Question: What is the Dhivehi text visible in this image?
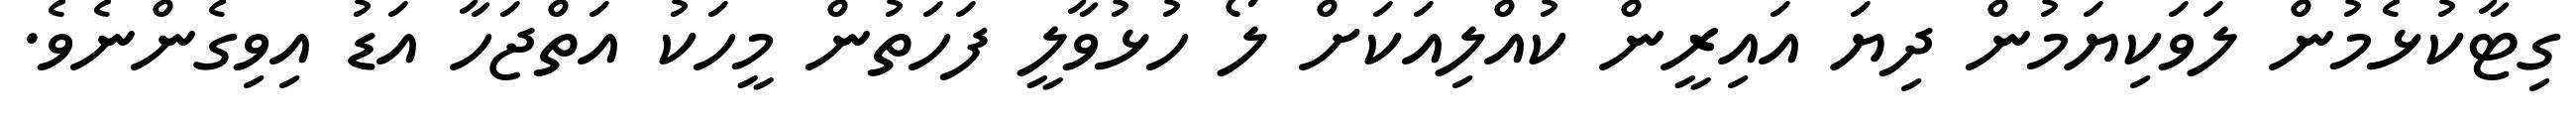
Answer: ގިޓާކުޅެމުން ލަވަކިޔަމުން ދިޔަ އައިރީން ކުއްލިއަކަށް ލޯ ހުޅުވާލީ ފަހަތުން މީހަކު އަތްޖަހާ އަޑު އިވިގެންނެވެ.